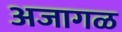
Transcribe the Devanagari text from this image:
अजागळ